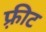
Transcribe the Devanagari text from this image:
फ़्रीट